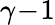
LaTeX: \gamma\! -\! 1